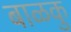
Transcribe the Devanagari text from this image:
बाळकु